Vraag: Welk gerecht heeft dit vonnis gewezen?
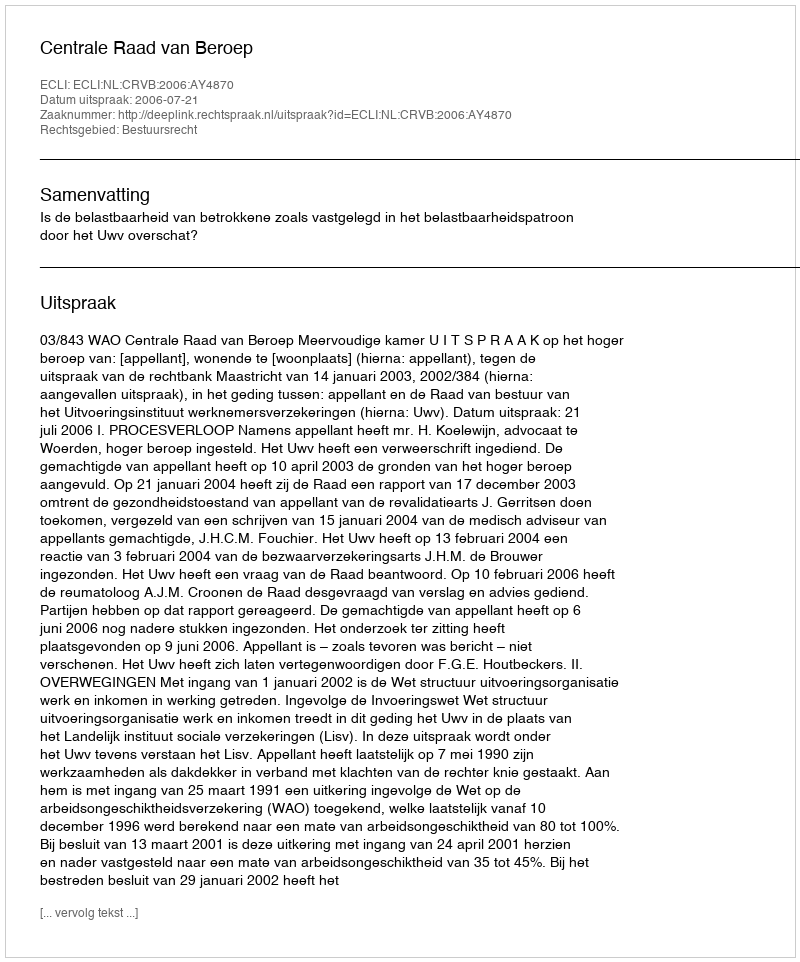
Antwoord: Centrale Raad van Beroep